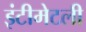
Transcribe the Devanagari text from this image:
इंटीमेटली